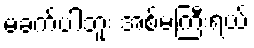
မခက်ပါဘူး အစ်မကြီးရယ်